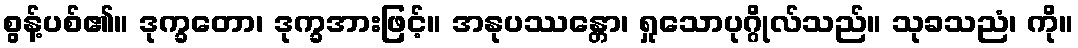
စွန့်ပစ်၏။ ဒုက္ခတော၊ ဒုက္ခအားဖြင့်။ အနုပဿန္တော၊ ရှုသောပုဂ္ဂိုလ်သည်။ သုခသညံ၊ ကို။